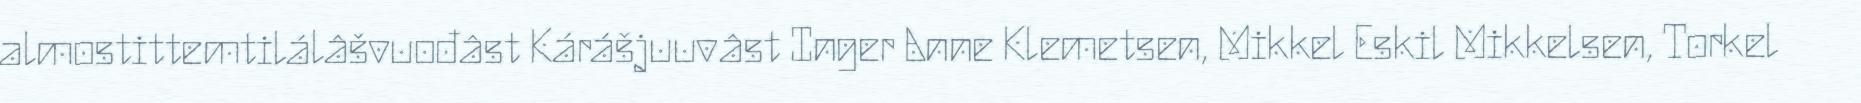
almostittemtilálâšvuođâst Kárášjuuvâst Inger Anne Klemetsen, Mikkel Eskil Mikkelsen, Torkel